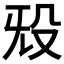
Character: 𬆟